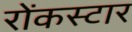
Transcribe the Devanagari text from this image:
रोंकस्टार